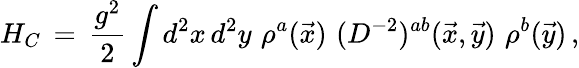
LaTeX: H_{C}\, =\, \frac{g^{2}}{2}\int d^{2}x\, d^{2}y\, \, \rho^{a}(\vec{x})\, \, (D^{-2})^{ab}(\vec{x},\vec{y})\, \, \rho^{b}(\vec{y})\, ,